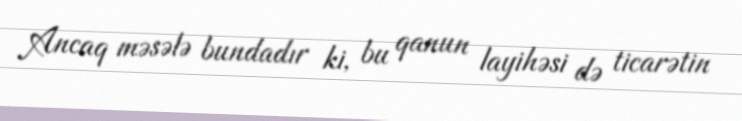
Ancaq məsələ bundadır ki, bu qanun layihəsi də ticarətin